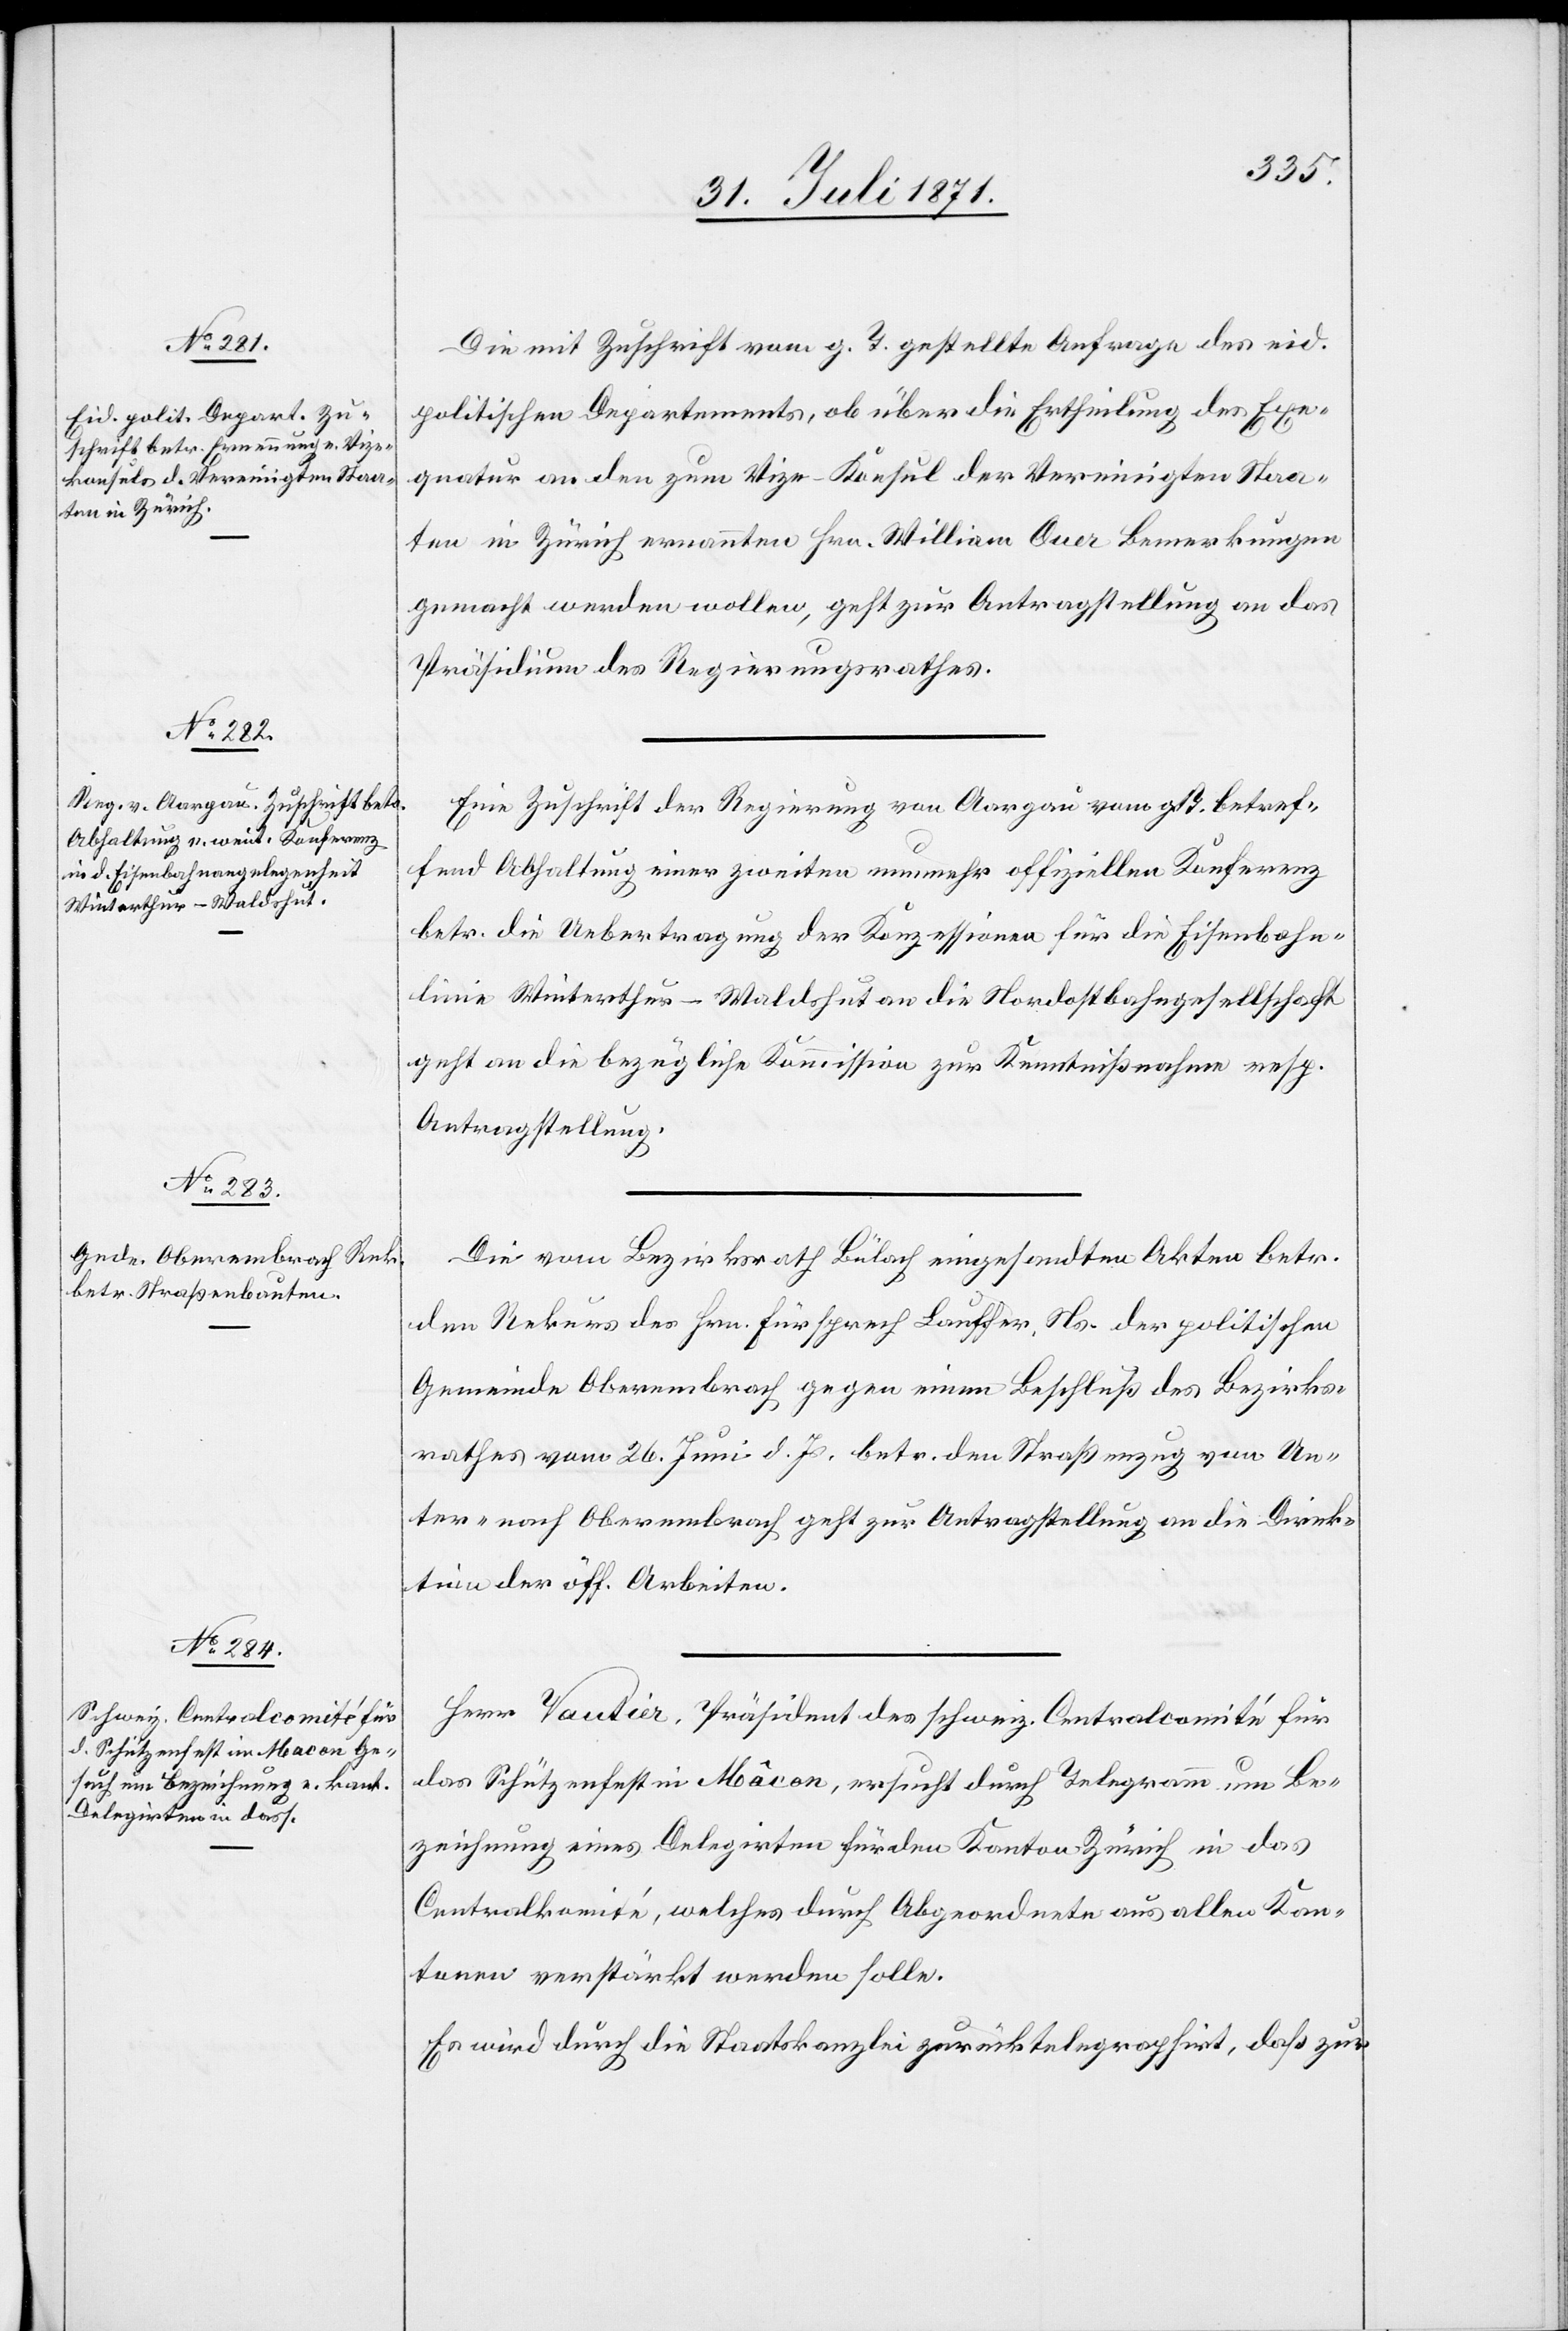
Die mit Zuschrift vom g. T. gestellte Anfrage des eid.
politischen Departements, ob über die Ertheilung des Exe¬
quatur an den zum Vize-Konsul der Vereinigten Staa¬
ten in Zürich ernannten Hrn. William Auer Bemerkungen
gemacht werden wollen, geht zur Antragstellung an das
Präsidium des Regierungsrathes.
Eine Zuschrift der Regierung von Aargau vom g. T. betref¬
fend die Abhaltung einer zweiten nunmehr offiziellen Konferenz
betr. die Uebertragung der Konzession für die Eisenbahn¬
linie Winterthur-Waldshut an die Nordostbahngesellschaft
geht an die bezügliche Kommission zur Kenntnißnahme resp.
Antragstellung.
Die vom Bezirksrath Bülach eingesandten Akten betr.
den Rekurs des Hrn. Fürsprech Lauffer, Ns. der politischen
Gemeinde Oberembrach gegen einen Beschluß des Bezirks¬
rathes vom 26. Juni d. Js. betr. den Straßenzug von Un¬
ter- nach Oberembrach geht zur Antragstellung an die Direk¬
tion der öff. Arbeiten.
Herr Vautier, Präsident des schweiz. Centralcomité für
das Schützenfest in Mâcon, ersucht durch Telegramm um Be¬
zeichnung eines Delegirten für den Kanton Zürich in das
Centralkomité, welches durch Abgeordnete aus allen Kan¬
tonen verstärkt werden solle.
Es wird durch die Staatskanzlei zurücktelegraphirt, daß zur